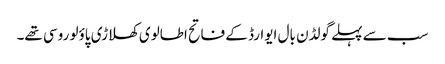
سب سے پہلے گولڈن بال ایوارڈ کے فاتح اطالوی کھلاڑی پاؤلو روسی تھے۔